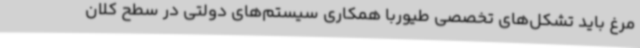
مرغ باید تشکل‌های تخصصی طیوربا همکاری سیستم‌های دولتی در سطح کلان